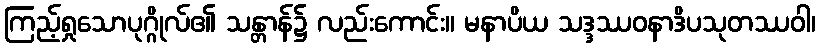
ကြည့်ရှုသောပုဂ္ဂိုလ်၏ သန္တာန်၌ လည်းကောင်း။ မနာပိယ သဒ္ဒဿဝနာဒိပသုတဿဝါ၊